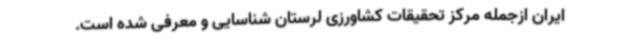
ایران ازجمله مرکز تحقیقات کشاورزی لرستان شناسایی و معرفی شده است.